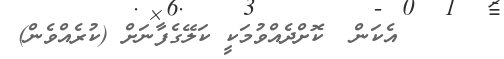
٤٣     އެކަން  ކޮށްދެއްވުމަކީ ކަލޭގެފާނަށް (ކުރެއްވެން)